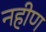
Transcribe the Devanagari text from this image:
नहीण